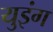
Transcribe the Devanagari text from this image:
युइंग